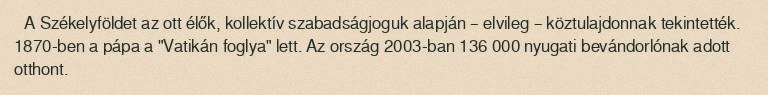
A Székelyföldet az ott élők, kollektív szabadságjoguk alapján – elvileg – köztulajdonnak tekintették. 1870-ben a pápa a "Vatikán foglya" lett. Az ország 2003-ban 136 000 nyugati bevándorlónak adott otthont.